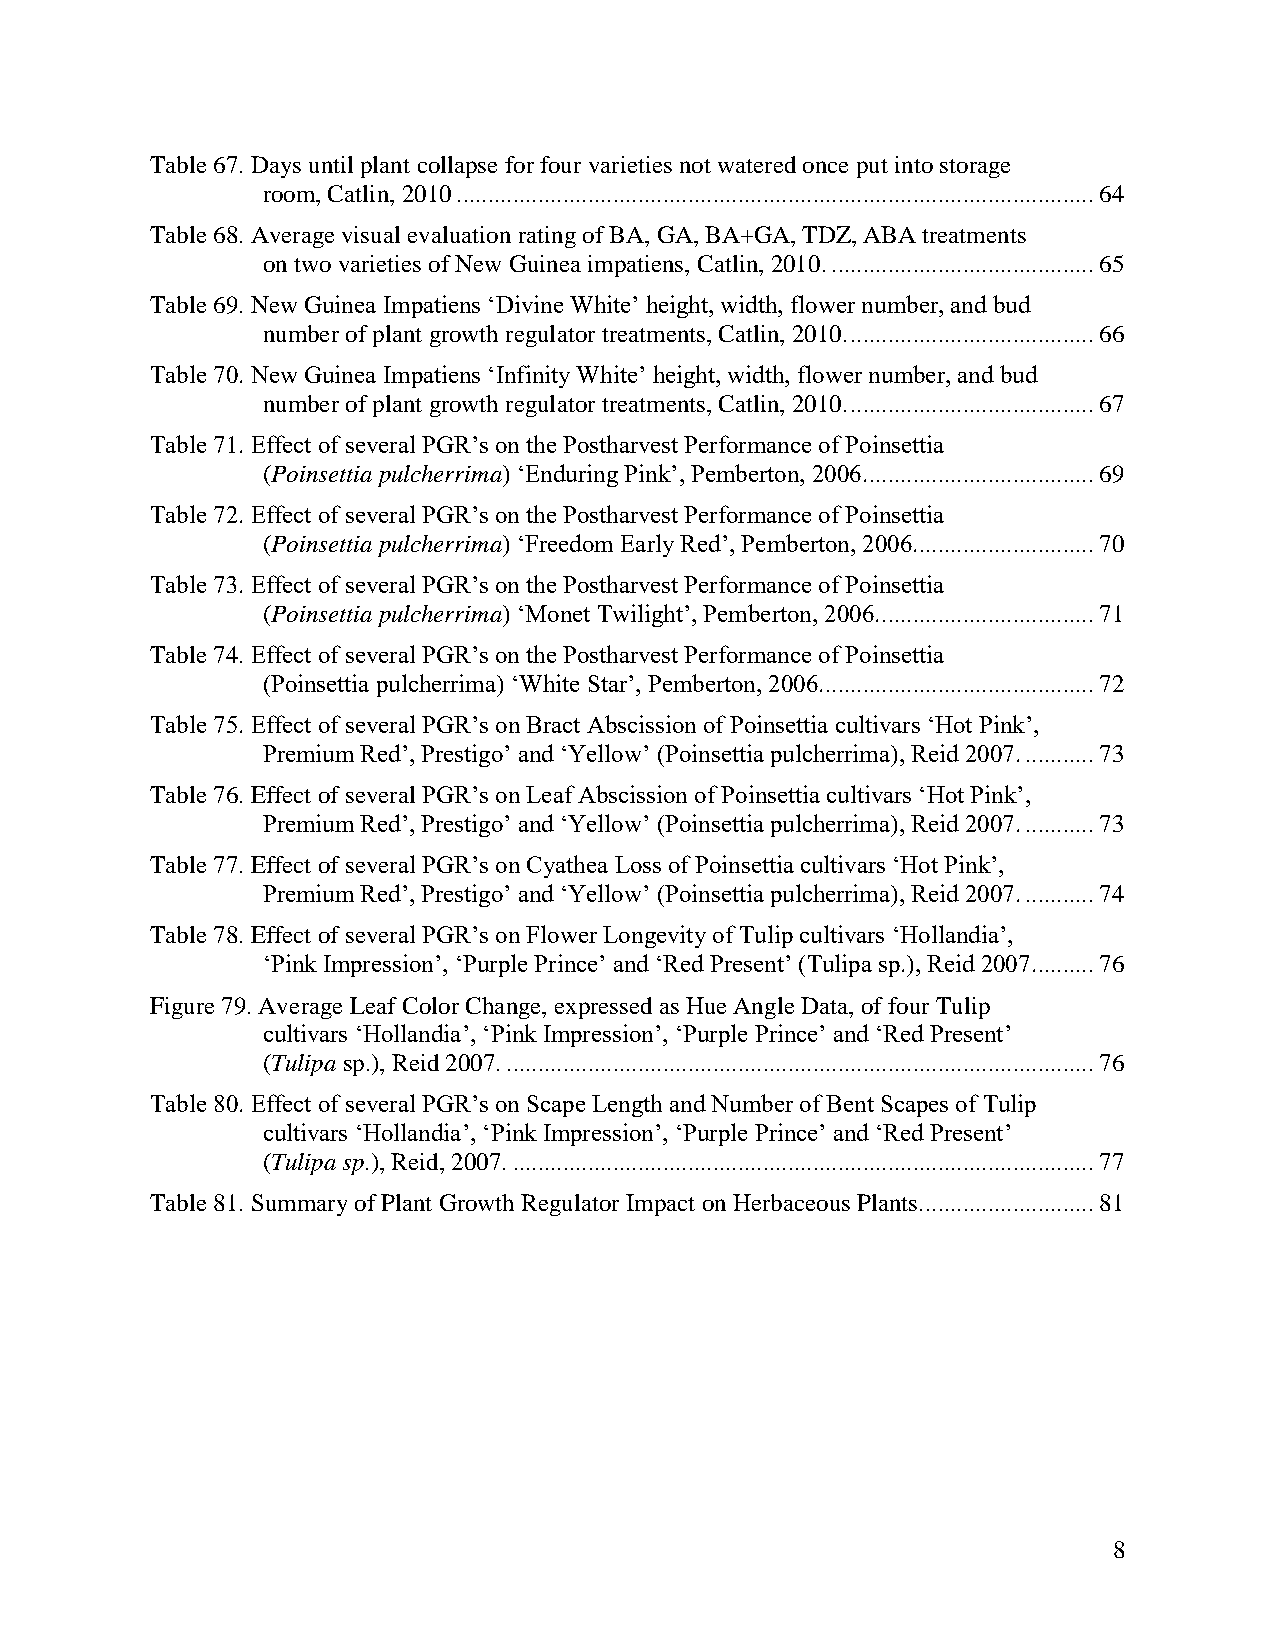
Table 67. Days until plant collapse for four varieties not watered once put into storage
 room, Catlin, 2010 ...................................................................................................... 64
 Table 68. Average visual evaluation rating of BA, GA, BA+GA, TDZ, ABA treatments
 on two varieties of New Guinea impatiens, Catlin, 2010. .......................................... 65
 Table 69. New Guinea Impatiens ‘Divine White’ height, width, flower number, and bud
 number of plant growth regulator treatments, Catlin, 2010. ....................................... 66
 Table 70. New Guinea Impatiens ‘Infinity White’ height, width, flower number, and bud
 number of plant growth regulator treatments, Catlin, 2010. ....................................... 67
 Table 71. Effect of several PGR’s on the Postharvest Performance of Poinsettia
 (Poinsettia pulcherrima) ‘Enduring Pink’, Pemberton, 2006. .................................... 69
 Table 72. Effect of several PGR’s on the Postharvest Performance of Poinsettia
 (Poinsettia pulcherrima) ‘Freedom Early Red’, Pemberton, 2006............................. 70
 Table 73. Effect of several PGR’s on the Postharvest Performance of Poinsettia
 (Poinsettia pulcherrima) ‘Monet Twilight’, Pemberton, 2006. .................................. 71
 Table 74. Effect of several PGR’s on the Postharvest Performance of Poinsettia
 (Poinsettia pulcherrima) ‘White Star’, Pemberton, 2006. ........................................... 72
 Table 75. Effect of several PGR’s on Bract Abscission of Poinsettia cultivars ‘Hot Pink’,
 Premium Red’, Prestigo’ and ‘Yellow’ (Poinsettia pulcherrima), Reid 2007. ........... 73
 Table 76. Effect of several PGR’s on Leaf Abscission of Poinsettia cultivars ‘Hot Pink’,
 Premium Red’, Prestigo’ and ‘Yellow’ (Poinsettia pulcherrima), Reid 2007. ........... 73
 Table 77. Effect of several PGR’s on Cyathea Loss of Poinsettia cultivars ‘Hot Pink’,
 Premium Red’, Prestigo’ and ‘Yellow’ (Poinsettia pulcherrima), Reid 2007. ........... 74
 Table 78. Effect of several PGR’s on Flower Longevity of Tulip cultivars ‘Hollandia’,
 ‘Pink Impression’, ‘Purple Prince’ and ‘Red Present’ (Tulipa sp.), Reid 2007.......... 76
 Figure 79. Average Leaf Color Change, expressed as Hue Angle Data, of four Tulip
 cultivars ‘Hollandia’, ‘Pink Impression’, ‘Purple Prince’ and ‘Red Present’
 (Tulipa sp.), Reid 2007. .............................................................................................. 76
 Table 80. Effect of several PGR’s on Scape Length and Number of Bent Scapes of Tulip
 cultivars ‘Hollandia’, ‘Pink Impression’, ‘Purple Prince’ and ‘Red Present’
 (Tulipa sp.), Reid, 2007. ............................................................................................. 77
 Table 81. Summary of Plant Growth Regulator Impact on Herbaceous Plants. ........................... 81
 8